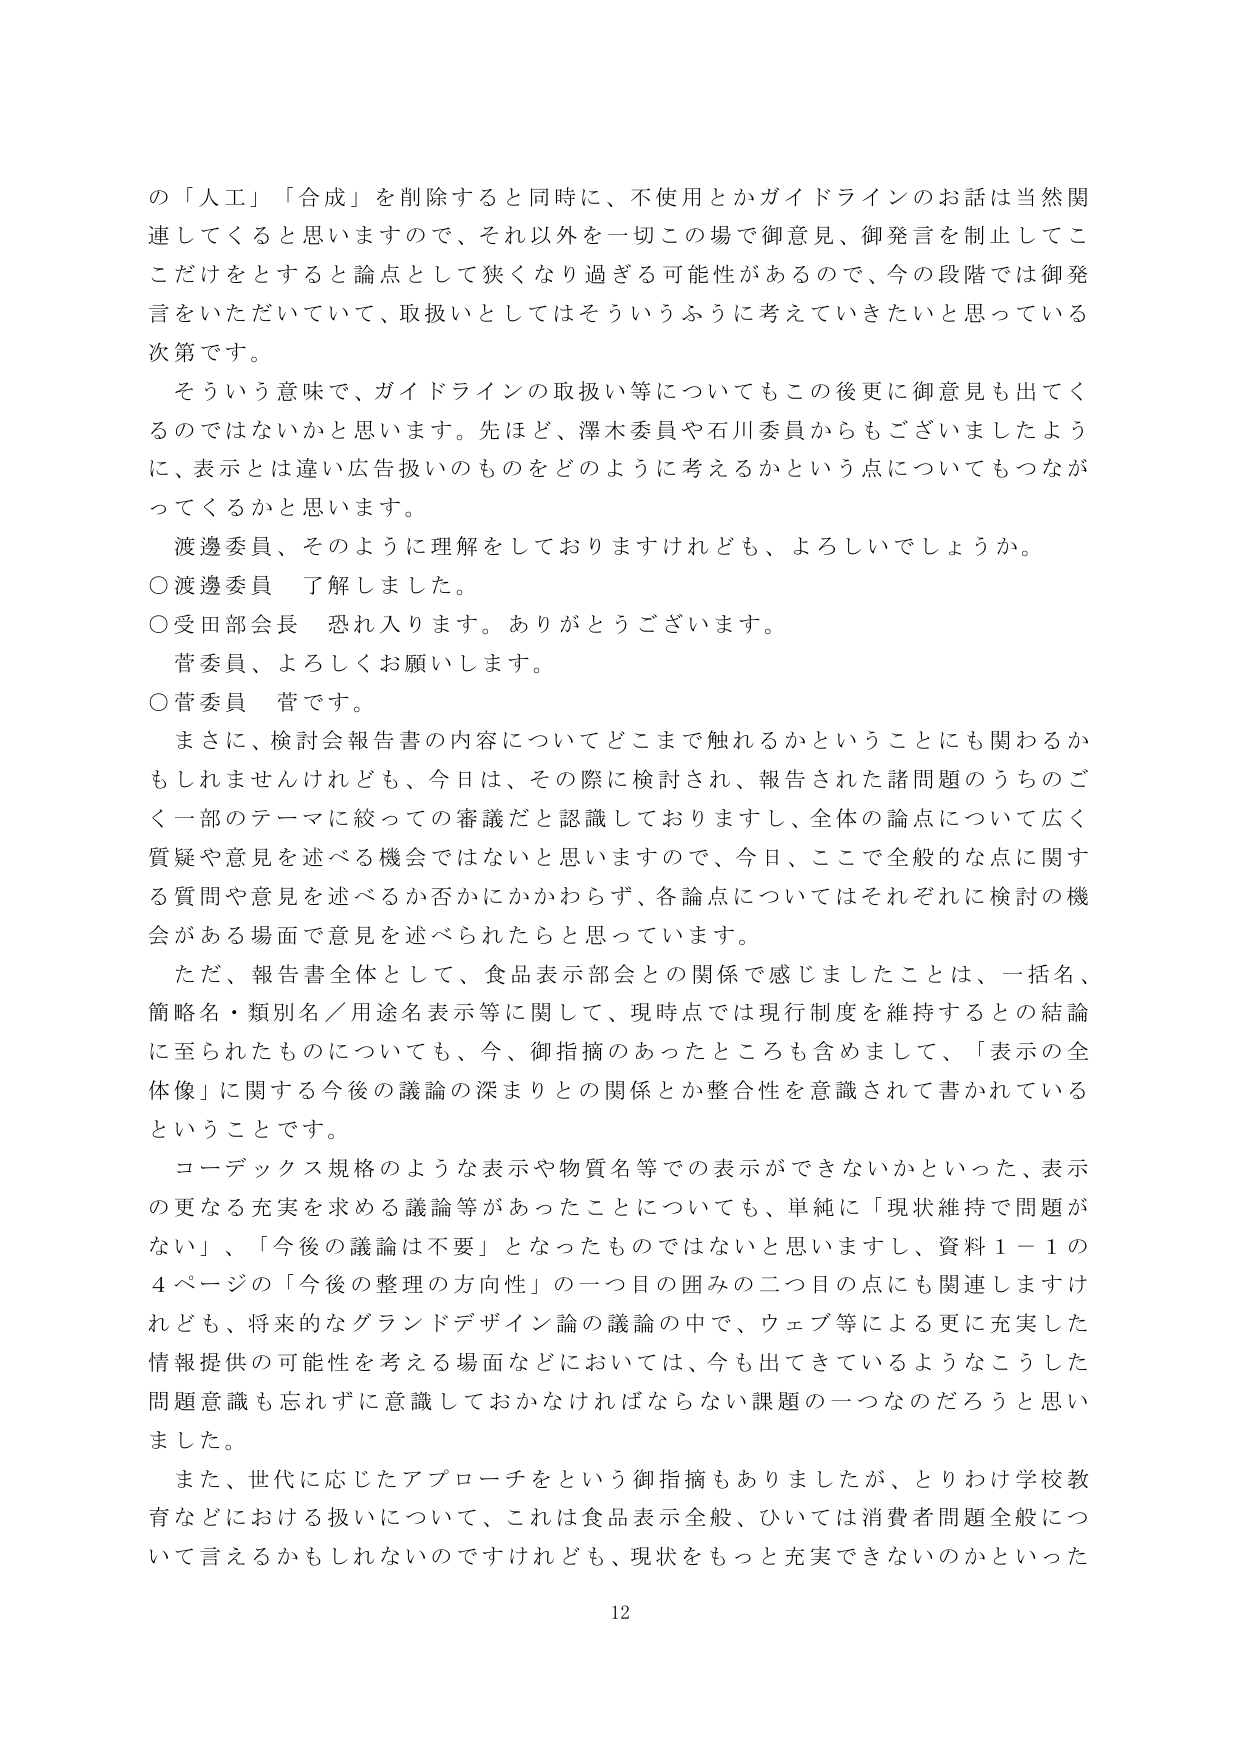
の「人工」「合成」を削除すると同時に、不使用とかガイドラインのお話は当然関連してくると思いますので、それ以外を一切この場で御意見、御発言を制止してここだけをとすると論点として狭くなり過ぎる可能性があるので、今の段階では御発言をいただいていて、取扱いとしてはそういうふうに考えていきたいと思っている次第です。

そういう意味で、ガイドラインの取扱い等についてもこの後更に御意見も出てくるのではないかと思います。先ほど、澤木委員や石川委員からもございましたように、表示とは違い広告使いのものをどのように考えるかという点についてもつながってくるかと思います。

渡邊委員、そのように理解をしておりますけれども、よろしいでしょうか。

○渡邊委員　了解しました。

○受田部会長　恐れ入ります。ありがとうございます。

菅委員、よろしくお願いします。

○菅委員　菅です。

まさに、検討会報告書の内容についてどこまで触れるかということにも関わるかもしれませんが、今日は、その際に検討され、報告された諸問題のうちのごく一部のテーマに絞っての審議だと認識しておりますし、全体の論点について広く質疑や意見を述べる機会ではないと思いますので、今日、ここで全般的な点に関する質問や意見を述べるか否かにかかわらず、各論点についてはそれぞれに検討の機会がある場面で意見を述べられたらと思っています。

ただ、報告書全体として、食品表示部会との関係で感じましたことは、一括名、簡略名・類別名／用途名表示等に関して、現時点では現行制度を維持するとの結論に至られたものについても、今、御指摘のあったところも含めまして、「表示の全体像」に関する今後の議論の深まりとの関係とか整合性を意識されて書かれているということです。

コーデックス規格のような表示や物質名等での表示ができないかといった、表示の更なる充実を求める議論等があったことについても、単純に「現状維持で問題がない」、「今後の議論は不要」となったものではないと思いますし、資料１－１の４ページの「今後の整理の方向性」の一つ目の囲みの二つ目の点にも関連しますけれども、将来的なグランドデザイン論の議論の中で、ウェブ等による更に充実した情報提供の可能性を考える場面などにおいては、今も出てきているようなこうした問題意識も忘れずに意識しておかなければならない課題の一つなのだろうと思いました。

また、世代に応じたアプローチをという御指摘もありましたが、とりわけ学校教育などにおける扱いについて、これは食品表示全般、ひいては消費者問題全般について言えるかもしれないのですけれども、現状をもっと充実できないのかといった

12